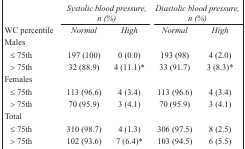
<table><thead><tr><td></td><td colspan="2"><b><i>Systolic blood pressure, n (%)</i></b></td><td colspan="2"><b><i>Diastolic blood pressure, n (%)</i></b></td></tr><tr><td><b>WC percentile</b></td><td><b><i>Normal</i></b></td><td><b><i>High</i></b></td><td><b><i>Normal</i></b></td><td><b><i>High</i></b></td></tr></thead><tbody><tr><td colspan="5">Males</td></tr><tr><td>≤ 75th</td><td>197 (100)</td><td>0 (0.0)</td><td>193 (98)</td><td>4 (2.0)</td></tr><tr><td>&gt; 75th</td><td>32 (88.9)</td><td>4 (11.1)*</td><td>33 (91.7)</td><td>3 (8.3)*</td></tr><tr><td colspan="5">Females</td></tr><tr><td>≤ 75th</td><td>113 (96.6)</td><td>4 (3.4)</td><td>113 (96.6)</td><td>4 (3.4)</td></tr><tr><td>&gt; 75th</td><td>70 (95.9)</td><td>3 (4.1)</td><td>70 (95.9)</td><td>3 (4.1)</td></tr><tr><td colspan="5">Total</td></tr><tr><td>≤ 75th</td><td>310 (98.7)</td><td>4 (1.3)</td><td>306 (97.5)</td><td>8 (2.5)</td></tr><tr><td>&gt; 75th</td><td>102 (93.6)</td><td>7 (6.4)*</td><td>103 (94.5)</td><td>6 (5.5)</td></tr></tbody></table>